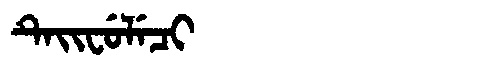
Manchu: ᡨᡝᡳᠸᡠᠯᡝᠴᡳ
Romanization: TEIFULECI